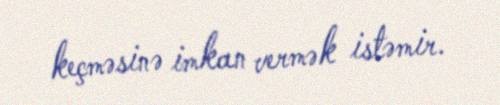
keçməsinə imkan vermək istəmir.